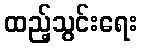
ထည့်သွင်းရေး